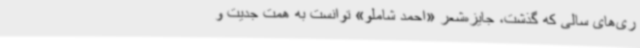
ری‌های سالی که گذشت، جایزه‌شعر «احمد شاملو» توانست به همت جدیت و